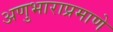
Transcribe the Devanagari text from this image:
अणुभाराप्रमाणे